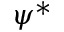
\psi ^ { * }